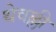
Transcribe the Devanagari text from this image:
थेवल्ली